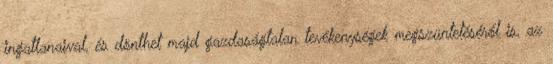
ingatlanaival, és dönthet majd gazdaságtalan tevékenységek megszüntetéséről is, az